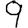
Digit: 9